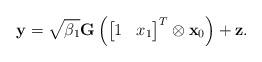
LaTeX: \begin{align*}\mathbf{y} = \sqrt{\beta_1}\mathbf{G}\left(\left[\begin{matrix} 1 & x_1 \end{matrix} \right]^T \otimes \mathbf{x}_0\right) + \mathbf{z}.\end{align*}